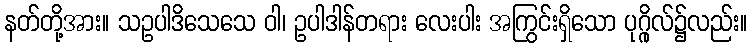
နတ်တို့အား။ သဥပါဒိသေသေ ဝါ၊ ဥပါဒါန်တရား လေးပါး အကြွင်းရှိသော ပုဂ္ဂိုလ်၌လည်း။